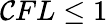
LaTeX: \mathcal{C}FL\leq1